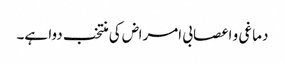
دماغی و اعصابی امراض کی منتخب دوا ہے۔